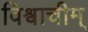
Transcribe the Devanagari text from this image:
विश्वाचीम्